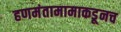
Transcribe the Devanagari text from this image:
हणमंतामामाकडूनच